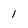
Character: l